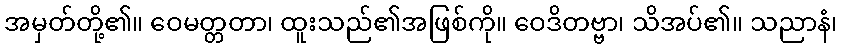
အမှတ်တို့၏။ ဝေမတ္တတာ၊ ထူးသည်၏အဖြစ်ကို။ ဝေဒိတဗ္ဗာ၊ သိအပ်၏။ သညာနံ၊